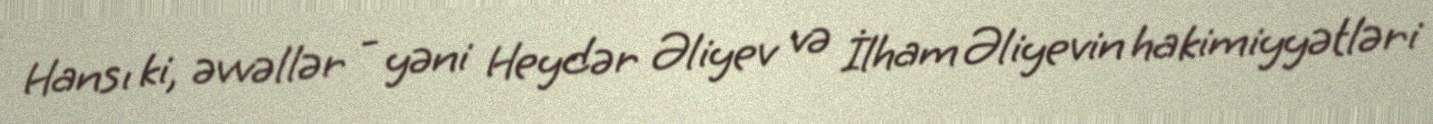
Hansı ki, əvvəllər - yəni Heydər Əliyev və İlham Əliyevin hakimiyyətləri